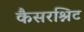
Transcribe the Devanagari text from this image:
कैसरश्निट